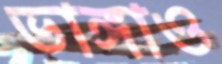
ভাঙ্গাও